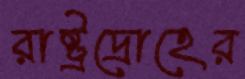
রাষ্ট্রদ্রোহের